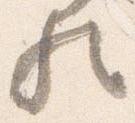
歟